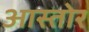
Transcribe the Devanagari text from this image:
आस्तोर